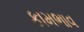
કામભાવ